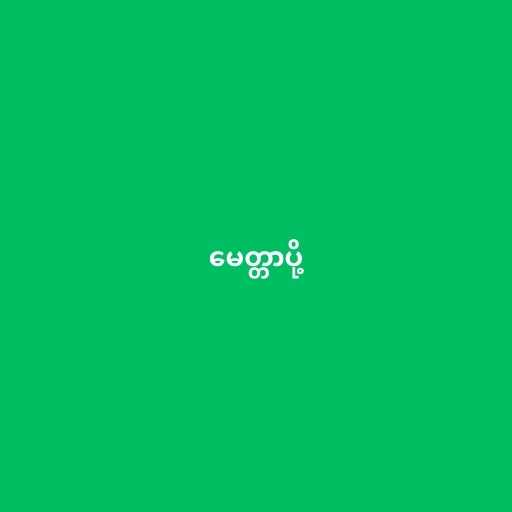
မေတ္တာပို့